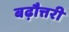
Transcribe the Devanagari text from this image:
बढ़ौत्तरी